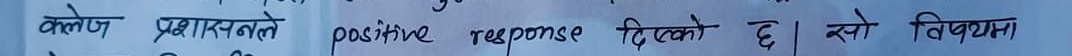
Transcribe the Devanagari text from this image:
कलेज प्रशासनले positive response दिएको छ। यसो विषयमा